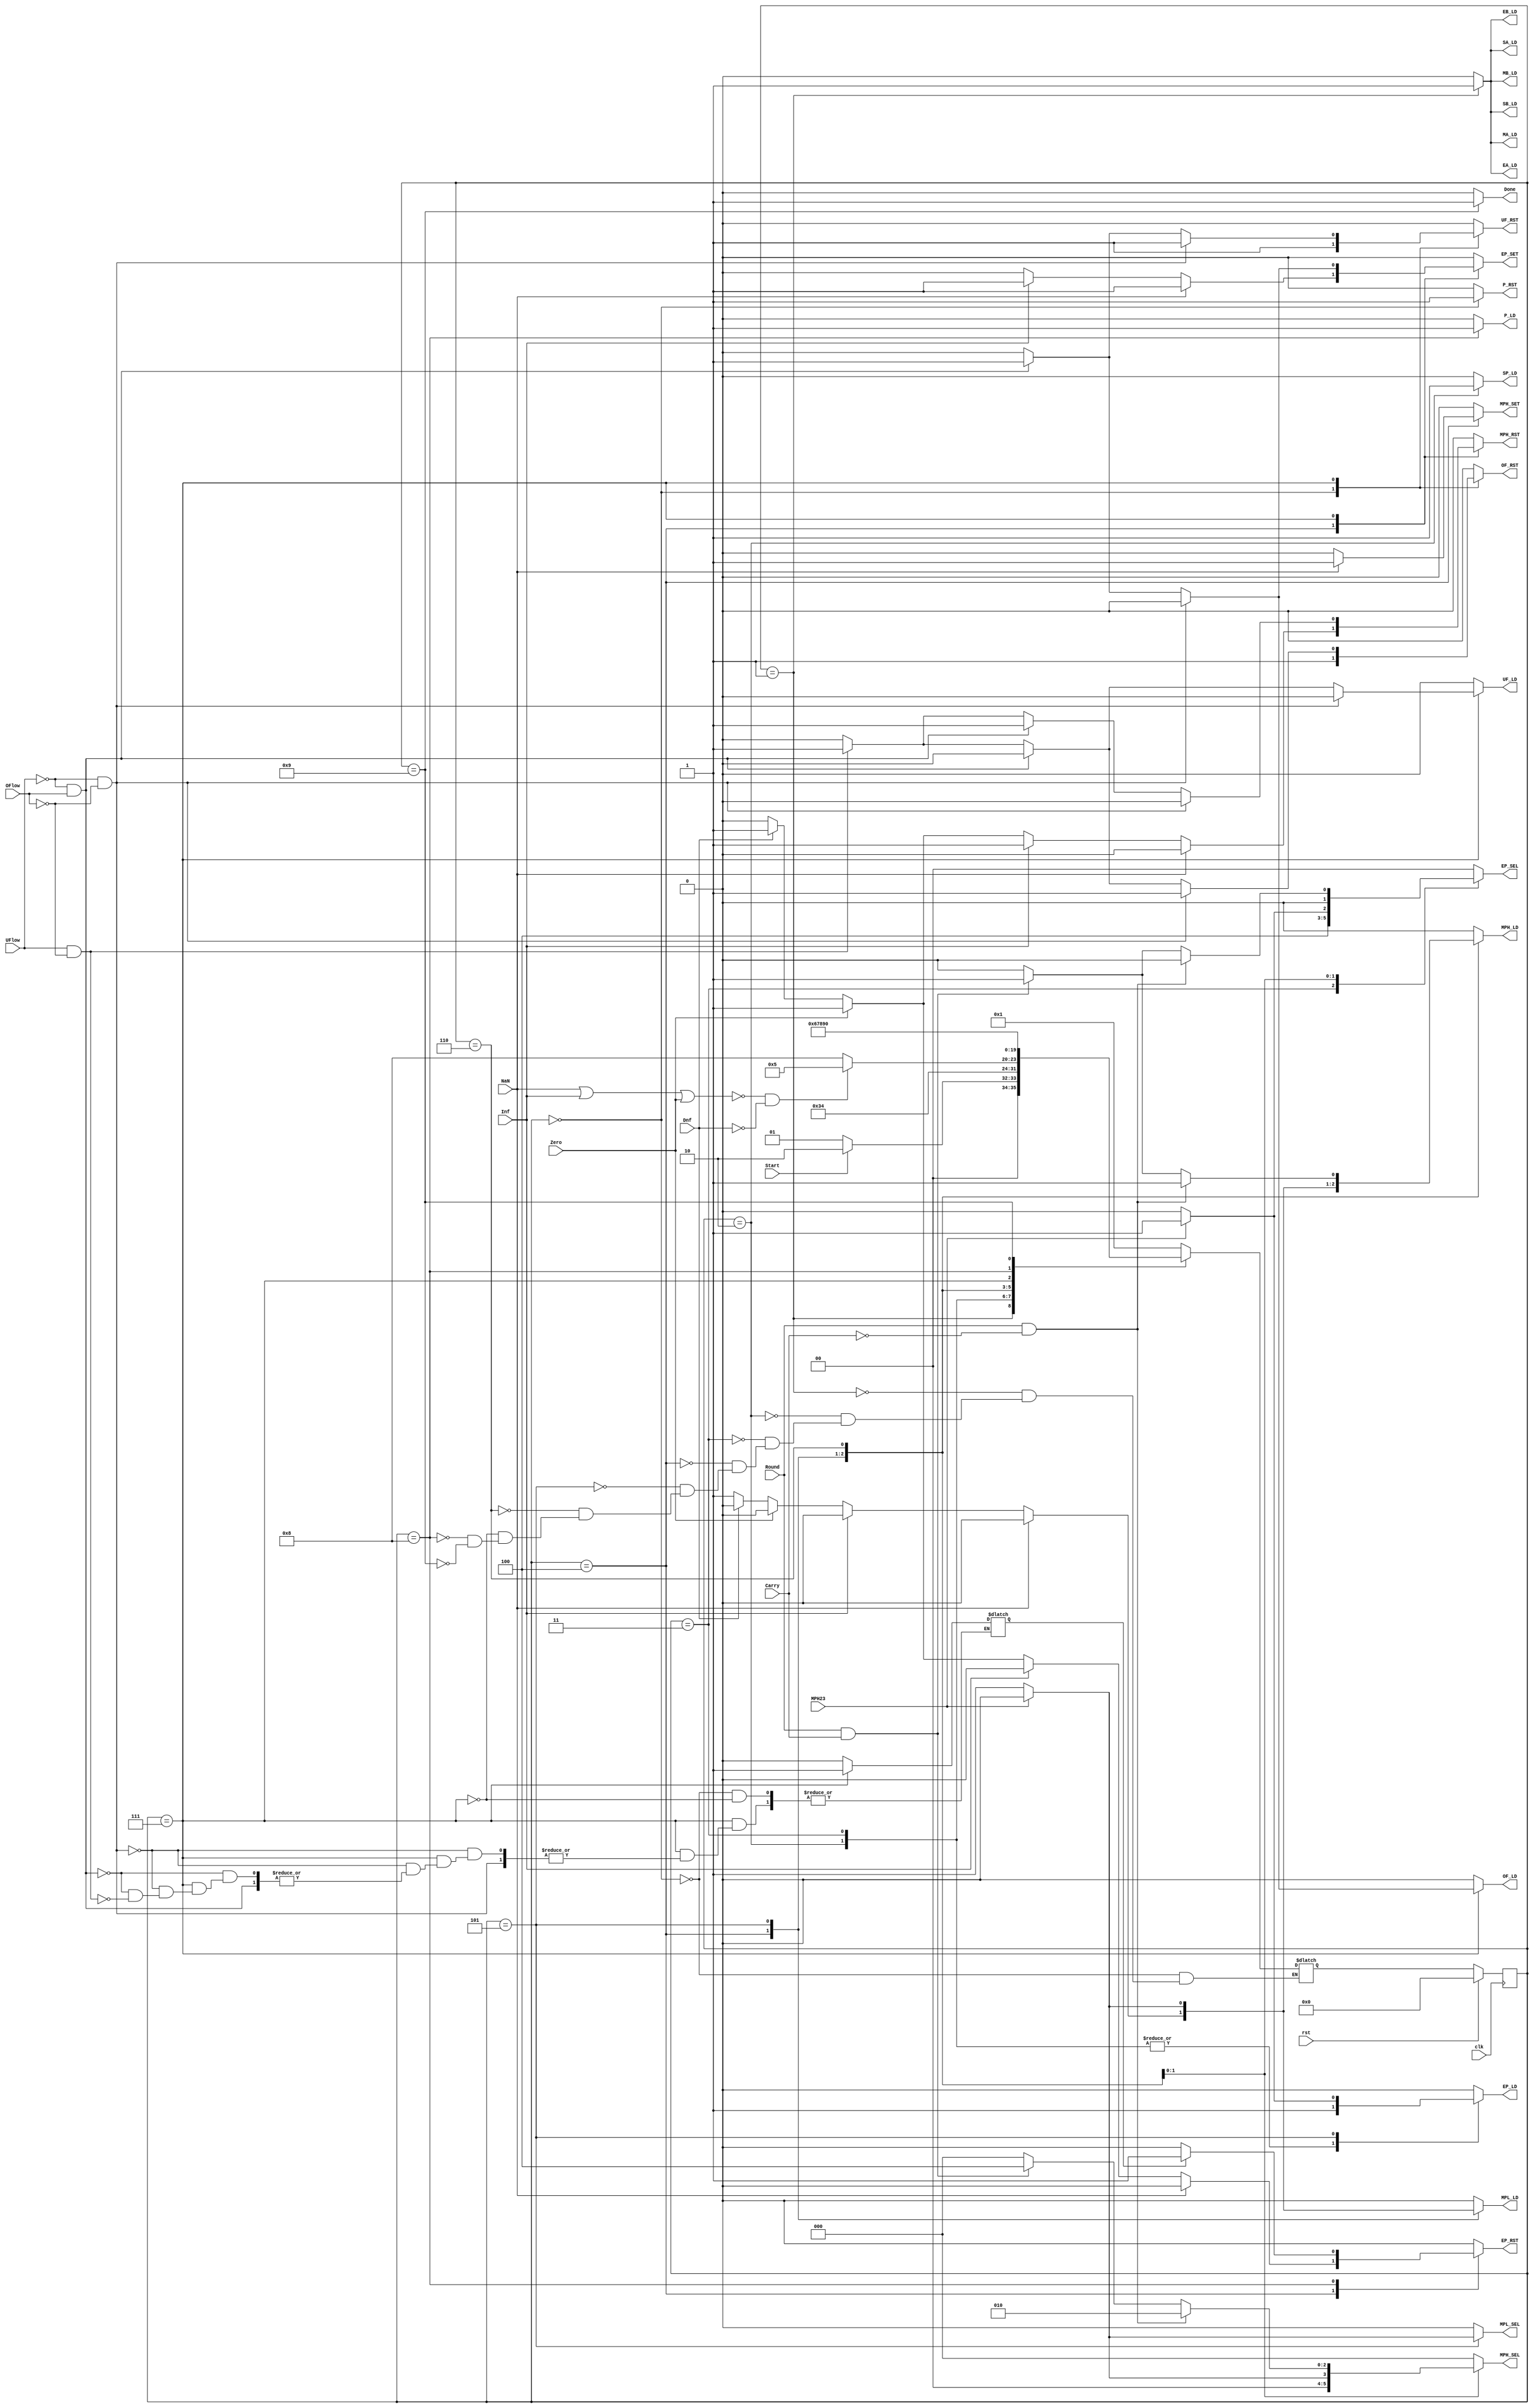
module fpmul_cu (
    input wire clk,
    input wire rst,
    
    input wire Start,
    
    //output ctrl signals to dp
    output reg SA_LD,
    output reg EA_LD,
    output reg MA_LD,
    output reg SB_LD,
    output reg EB_LD,
    output reg MB_LD,
    output reg SP_LD,
    output reg EP_SET, //set to FF, necessary for exit conditions such as if abnormal
    output reg EP_RST, //set to 00
    output reg [1:0] EP_SEL, //at certain points, need to select either ep - 127, ep + 1, or ea + eb inputs
    output reg EP_LD,
    output reg MPH_SET,
    output reg MPH_RST,
    output reg [2:0] MPH_SEL, //sel between MP[47:24], {MPH[22:0], MPL[23]}, MPH + 1, and 0x800000
    output reg MPH_LD,
    output reg MPL_SEL, //sel between MP[23:0] or MPL << 1 for state 5
    output reg MPL_LD,
    output reg UF_RST,
    output reg UF_LD, 
    output reg OF_RST,
    output reg OF_LD,
    output reg P_RST,
    output reg P_LD,
    
    //status signals
    input wire NaN,
    input wire Inf,
    input wire Zero, 
    input wire MPH23,
    input wire Round,
    input wire Carry,
    input wire UFlow,
    input wire OFlow,
    input wire Dnf,
    
    //top-level outputs
    output reg Done
);

//states
localparam [3:0]
    S0 = 4'b0000,
    S1 = 4'b0001,
    S2 = 4'b0010,
    S3 = 4'b0011,
    S4 = 4'b0100,
    S5 = 4'b0101,
    S6 = 4'b0110,
    S7 = 4'b0111,
    S8 = 4'b1000,
    S9 = 4'b1001;
    
reg [3:0] CS, NS;
reg EP_RST_NEXT;

wire Normal;

assign Normal = ~(NaN | Inf | Zero); //1 if all operand flags are zero

//update CS
always @ (posedge clk)
begin
    if(rst) CS <= S0;
    else    CS <= NS;
end

//NS logic
always @ (*)
begin
    case(CS)
        S0: begin
            NS = S1;
        end
        S1: begin
            if(Start) NS = S2;
            else      NS = S1;
        end
        S2: begin
            NS = S3;
        end
        S3: begin
            NS = S4;
        end
        S4: begin
        	if (Normal&(~Dnf)) NS = S5;
            else        NS = S8;
        end
        S5: begin
            NS = S6;
        end
        S6: begin
            NS = S7;
        end
        S7: begin NS = S8;
        end
        S8: begin NS = S9;
        end
        S9: begin NS = S0;
        end
    endcase
end

//state machine logic
always @ (*)
begin
    //reset all ctrl signals
    SA_LD = 1'b0;
    EA_LD = 1'b0;
    MA_LD = 1'b0;
    SB_LD = 1'b0;
    EB_LD = 1'b0;
    MB_LD = 1'b0;
    SP_LD = 1'b0;
    EP_RST = 1'b0;
    EP_SET = 1'b0;
    EP_SEL = 2'b00;
    EP_LD = 1'b0;
    MPH_SET = 1'b0; // ds change
    MPH_SEL = 3'b000;
    MPH_RST = 1'b0;
    MPH_LD = 1'b0;
    MPL_SEL = 1'b0;
    MPL_LD = 1'b0;
    UF_RST = 1'b0;
    UF_LD = 1'b0;
    OF_RST = 1'b0;
    OF_LD = 1'b0;
    P_RST = 1'b0;
    P_LD = 1'b0;
    Done = 1'b0;
    
    case (CS)
        S0: begin
        //reset product, underflow/overflow, NaN, Inf and ZF
            OF_RST = 1'b1;
            UF_RST = 1'b1;
            P_RST = 1'b1;
            EP_RST_NEXT = 1'b0;
        end
        S1: begin //load in all operand registers
            SA_LD = 1'b1;
            EA_LD = 1'b1;
            MA_LD = 1'b1;
            SB_LD = 1'b1;
            EB_LD = 1'b1;
            MB_LD = 1'b1;
        end
        S2: begin
            SP_LD = 1'b1;
            EP_SEL = 2'b00; //select ep - 127 to load into ep reg
            EP_LD = 1'b1; 
        end
        S3: begin
            EP_SEL = 2'b10; //select ep - 127 to load into ep reg
            EP_LD = 1'b1; 
        end
        S4: begin
            if(NaN) begin
                EP_SET = 1'b1;
                MPH_SET = 1'b1;
            end
            else if (Inf) begin
                EP_SET = 1'b1;
                MPH_RST = 1'b1;
            end
            else if (Zero) begin
                EP_RST = 1'b1;
                MPH_RST = 1'b1;
            end
            else if (Dnf) begin
            	EP_RST = 1'b1;
            	MPH_RST = 1'b1;
            end
            else begin //end of 3-cycle multiplication cycle
                MPH_LD = 1'b1;
                MPL_LD = 1'b1;
            end
            
        end
        S5: begin
            if(MPH23) begin
                EP_SEL = 2'b01; //select ep + 1 to load into ep reg
                EP_LD = 1'b1;
            end
            else begin
                MPH_SEL = 3'b001; //select {MPH[22:0], MPL[23]} to load into mph reg
                MPH_LD = 1'b1;
                MPL_SEL = 1'b1; //select MPL << 1 to load into mpl reg
                MPL_LD = 1'b1;
            end
        end
        S6: begin
            if(Round && ~Carry) begin
                MPH_SEL = 3'b010; //select mph + 1 to load into mph reg
                MPH_LD = 1'b1;
                $display("carry = 0");
            end
            else if (Round && Carry) begin
                MPH_SEL = 3'b100; //select 0x800000 to load into mph reg
                EP_SEL = 2'b01; //select ep + 1 to load into ep reg
                MPH_LD = 1'b1;
                MPH_LD = 1'b1;
                $display("carry = 1");
            end
        end
        S7: begin
        if (~UFlow && ~OFlow) begin
            UF_RST = 1'b1;
            OF_RST = 1'b1;
        end
        else if (~UFlow && OFlow) begin
            UF_RST = 1'b1;
            OF_LD = 1'b1;
            EP_SET = 1'b1; //set ep[7:0] to 0xff
            MPH_RST = 1'b1;
            $display("overflow");
        end
        else if (UFlow & ~OFlow) begin
            UF_LD = 1'b1;
            OF_RST = 1'b1;
//            EP_RST = 1'b1; // ds change
            EP_RST_NEXT = 1'b1;
            MPH_RST = 1'b1;
            $display("underflow");
        end
        end
        S8: begin //package the product and load product abnormal flags
            P_LD = 1'b1;
            if (EP_RST_NEXT) begin
            EP_RST = 1'b1; // ds change
            $display("underflow or accidental");
            end
        end
        S9: begin //signal completion of the computation
            Done = 1'b1;
        end
        
        default: begin
        end
    endcase
end

endmodule